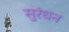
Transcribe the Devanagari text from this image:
सुरंधन